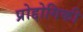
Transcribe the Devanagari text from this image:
प्रोद्दोगिकी